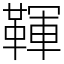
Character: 䩵